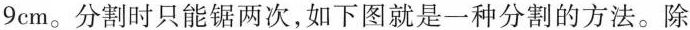
9cm。分割时只能锯两次，如下图就是一种分割的方法。除